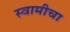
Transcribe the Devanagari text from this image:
स्वामीचा